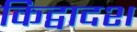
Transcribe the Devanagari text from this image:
किद्वादश